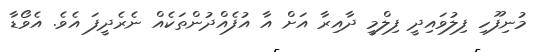
މުނިފޫހި ފިލުވައިދީ ފިލްމީ ދާއިރާ އަށް އާ އުފެއްދުންތަކެއް ނެރެދީފަ އެވެ. އެވޯޑާ